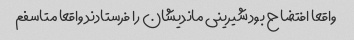
واقعا افتضاح بود شیرینی ماندیشان را فرستادند واقعا متاسفم